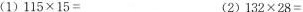
(1)$$1 1 5 \times 1 5 =$$ (2)$$1 3 2 \times 2 8 =$$